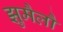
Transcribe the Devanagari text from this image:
झुमैलौ